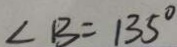
\angle B = 1 3 5 ^ { \circ }